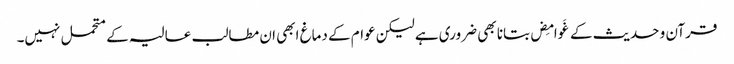
قرآن و حدیث کے غَوامِض بتانا بھی ضروری ہے لیکن عوام کے دماغ ابھی ان مطالب عالیہ کے متحمل نہیں۔